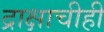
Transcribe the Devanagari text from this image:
द्राक्षाचीही